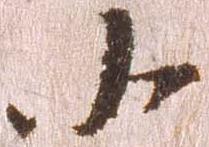
小